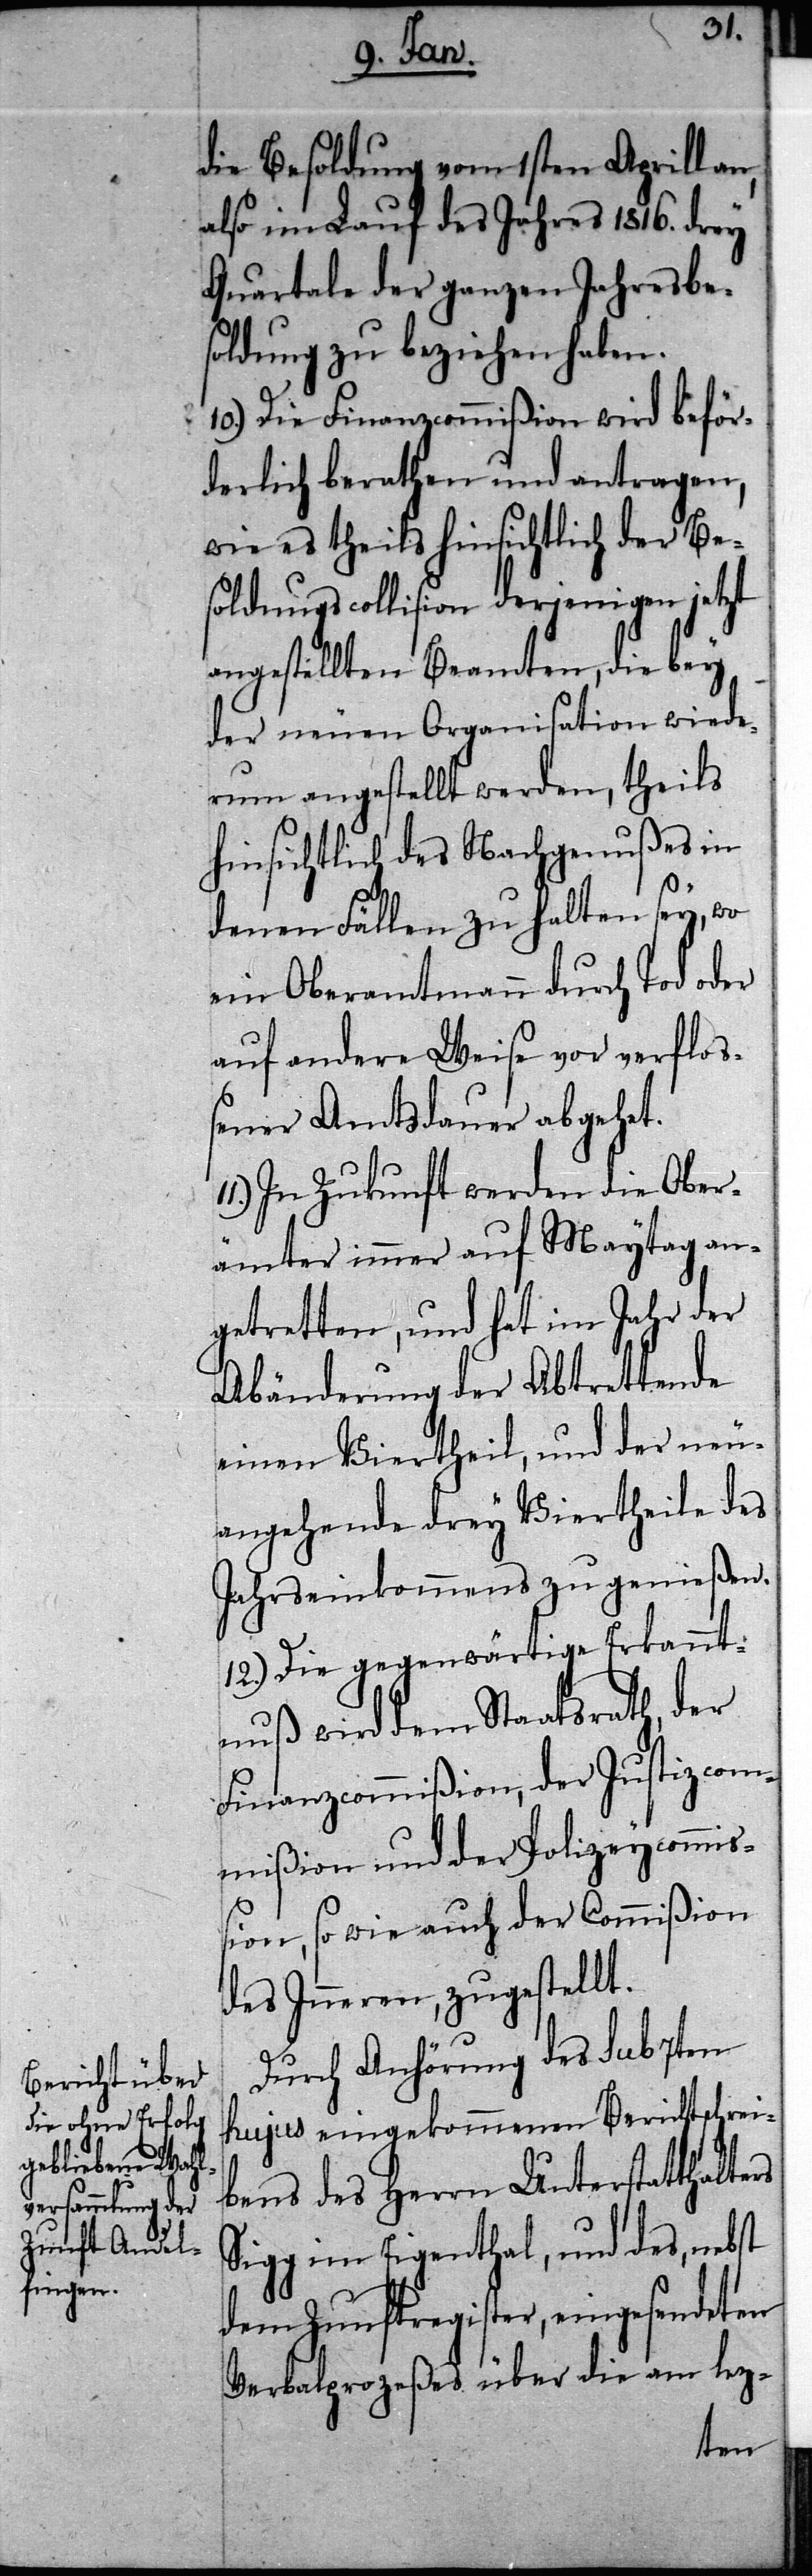
die Besoldung vom 1sten Aprill an,
also im Lauf des Jahres 1816. drey
Quartale der ganzen Jahresbe¬
soldung zu beziehen haben.
10.) Die Finanzcommißion wird beför¬
derlich berathen und antragen,
wie es theils hinsichtlich der Be¬
soldungscollision derjenigen jetzt
angestellten Beamten, die bey
der neuen Organisation wiede¬
rum angestellt werden, theils
hinsichtlich des Nachgenußes in
denen Fällen zu halten sey, wo
ein Oberamtmann durch Tod oder
auf andere Weise vor verfloß¬
ener Amtsdauer abgehet.
In Zukunft werden die Ober¬
ämter immer auf Maytag an¬
getretten, und hat im Jahr der
Abänderung der Abtrettende
einen Viertheil, und der neu¬
angehende drey Viertheile des
Jahrseinkommens zu genießen.
12.) Die gegenwärtige Erkannt¬
nuß wird dem Staatsrath, der
Finanzcommißion, der Justizcom¬
mißion und der Polizeycommiß¬
ion, so wie auch der Commißion
des Inneren, zugestellt.
Durch Anhörung des sub 7ten
hujus eingekommenen Berichtschrei¬
bens des Herrn Unterstatthalters
Sigg im Eigenthal, und des, nebst
dem Zunftregister, eingesendeten
Verbalprozeßes über die am lez-